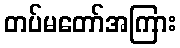
တပ်မတော်အကြား